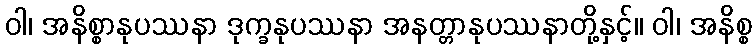
ဝါ၊ အနိစ္စာနုပဿနာ ဒုက္ခနုပဿနာ အနတ္တာနုပဿနာတို့နှင့်။ ဝါ၊ အနိစ္စ